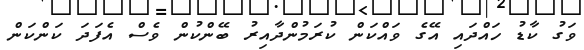
ވަގު ކާޑު ހައްދައި އޭގެ ވައްކަން ކުރަމުންދާއިރު ބޭންކުން ވެސް އެފަދަ ކަންކަން